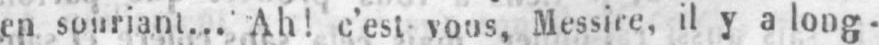
en souriant... Ah! c’est vous, Messire, il y a long-